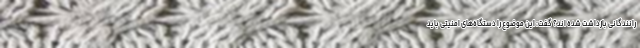
رانندگانی بازداشت شده اند؟ گفت: این موضوع را دستگاه‌های امنیتی باید